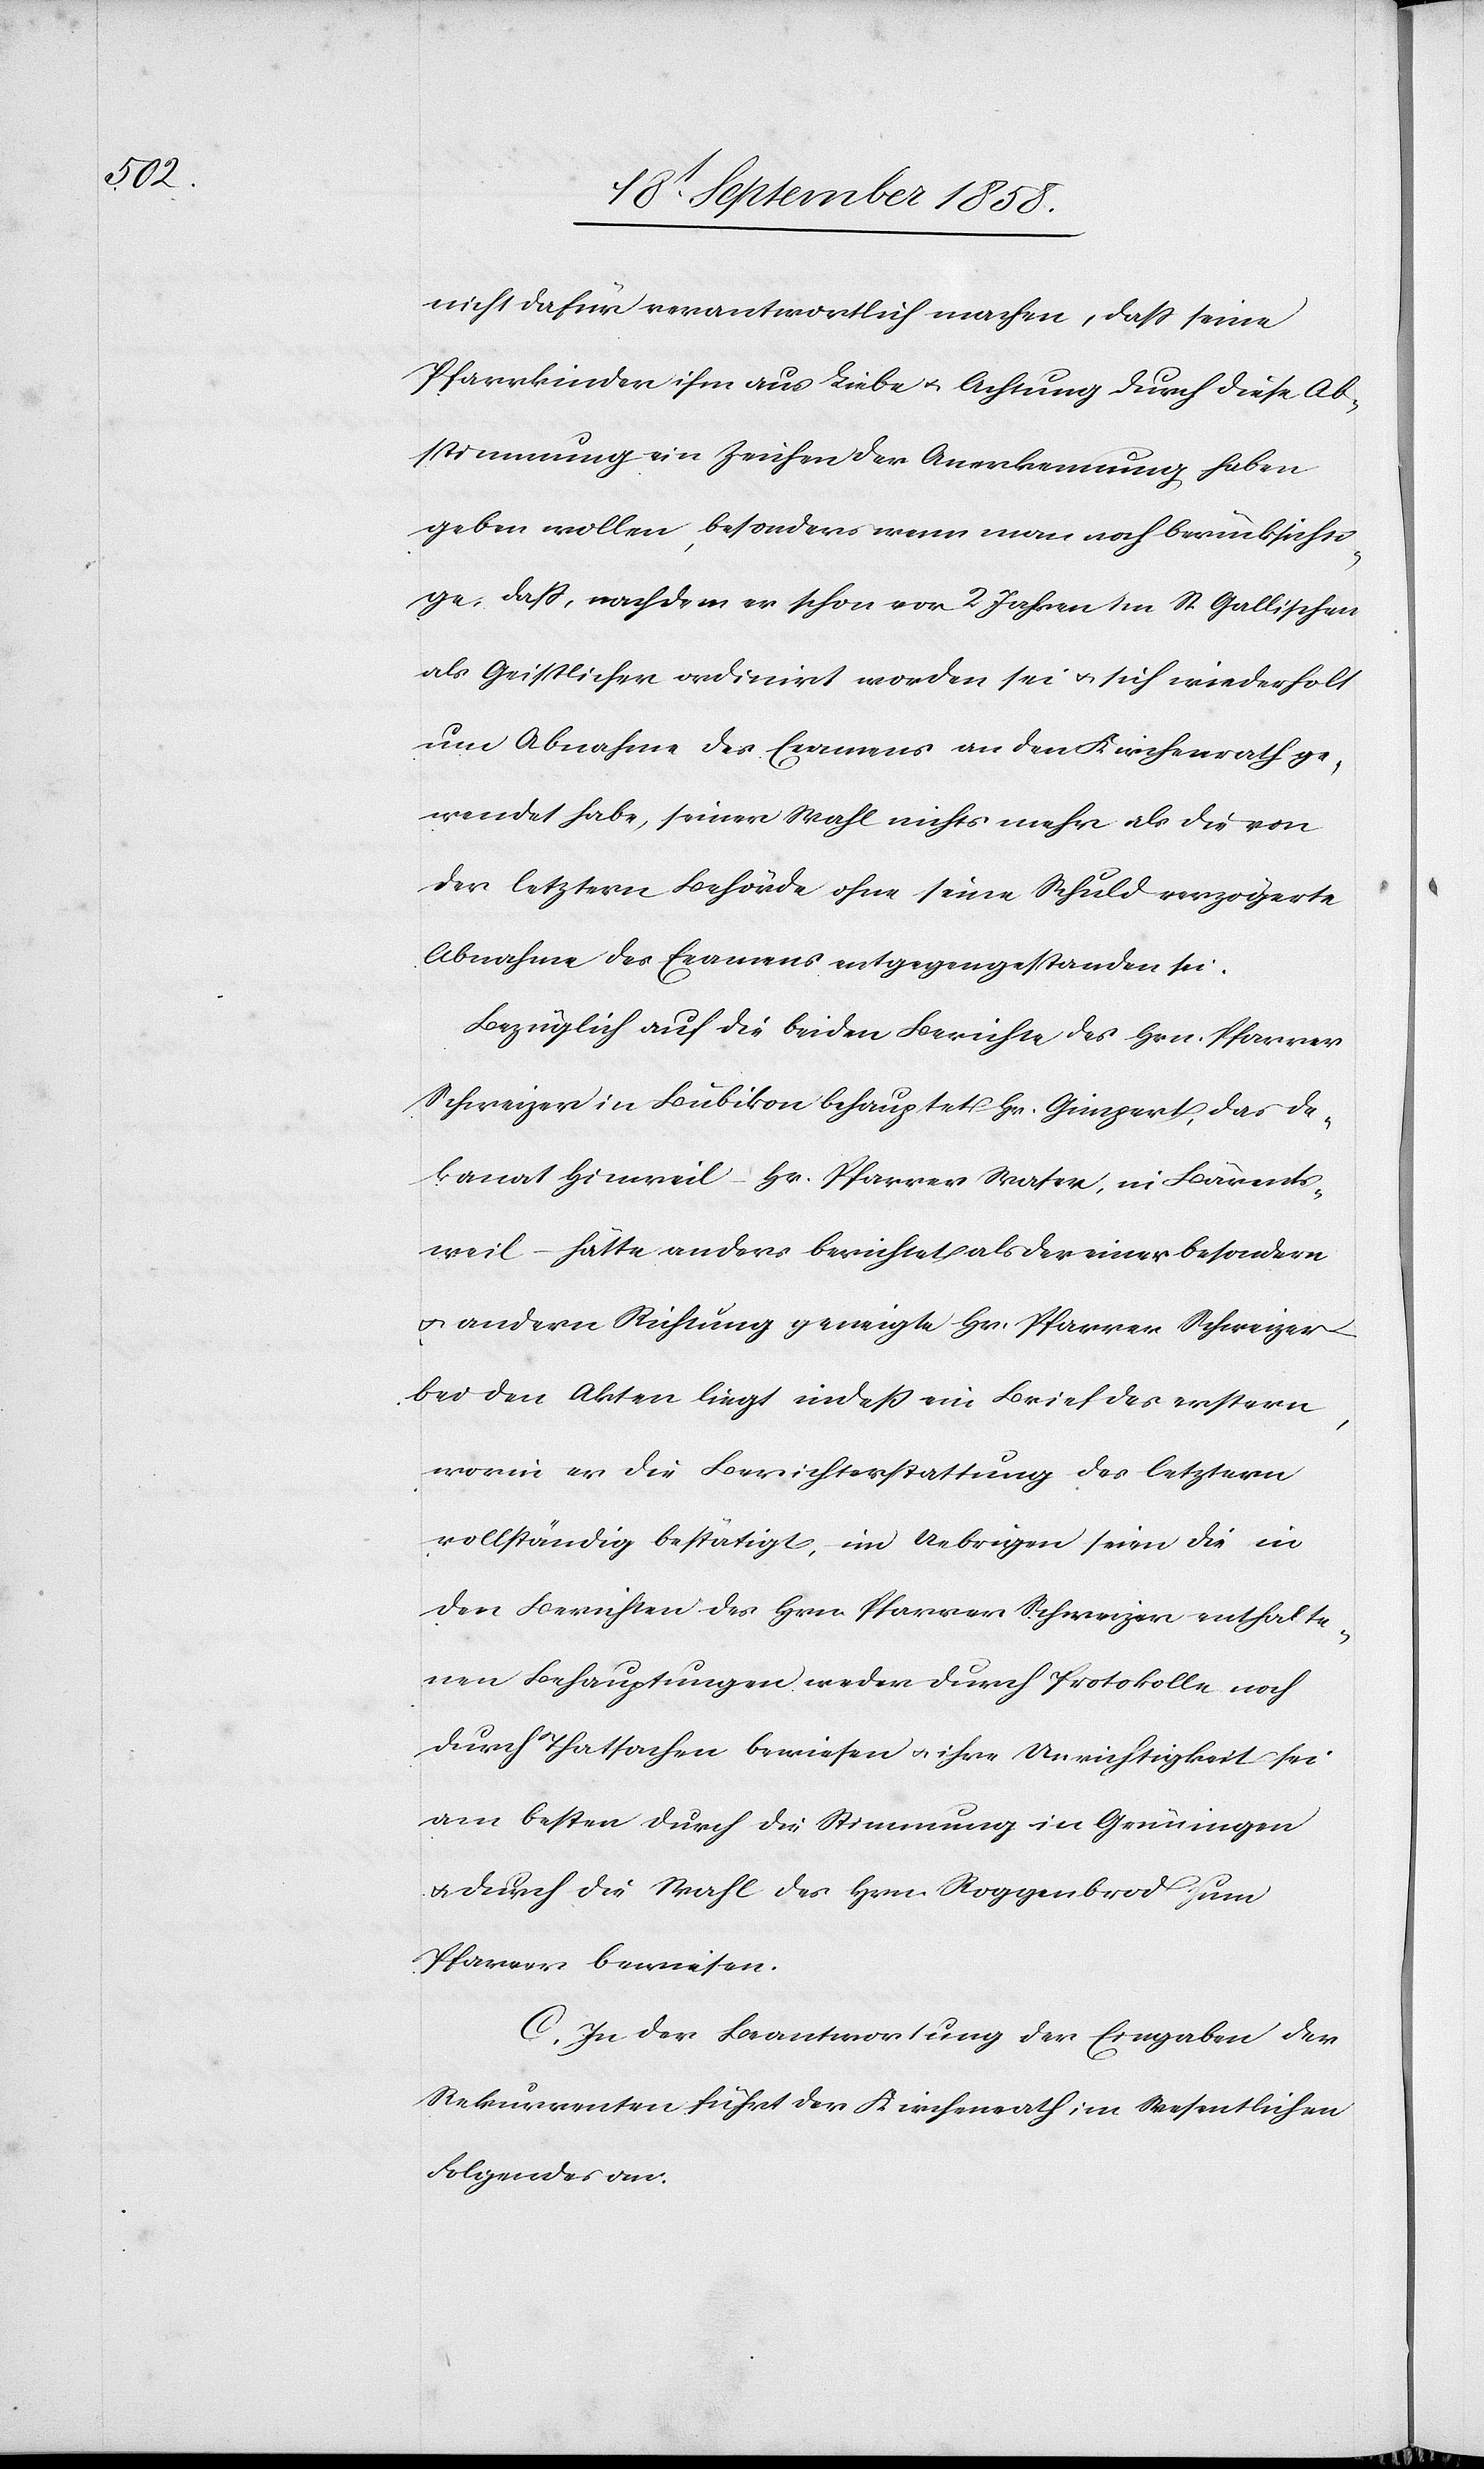
nicht dafür verantwortlich machen, dass seine
Pfarrkinder ihm aus Liebe & Achtung durch diese Ab¬
stimmung ein Zeichen der Anerkennung haben
geben wollen, besonders wenn man noch berücksichti¬
ge, daß, nachdem er schon vor 2 Jahren im St. Gallischen
als Geistlicher ordinirt worden sei & sich wiederholt
um Abnahme des Examens an den Kirchenrath ge¬
wendet habe, seiner Wahl nichts mehr als die von
der letztern Behörde ohne seine Schuld verzögerte
Abnahme des Examens entgegengestanden sei.
Bezüglich auf die beiden Berichte des Hrn. Pfarrer
Schweizer in Bubikon behauptet Hr. Gimpert, das De¬
kanat Hinweil – Hr. Pfarrer Waser, in Bärents¬
weil – hätte anders berichtet als der einer besondern
& andern Richtung geneigte Hr. Pfarrer Schweizer
bei den Akten liegt indeß ein Brief des erstern,
worin er die Berichterstattung des letztern
vollständig bestätigt, im Uebrigen seien die in
den Berichten des Hrn. Pfarrer Schweizer enthalte¬
nen Behauptungen weder durch Protokolle noch
durch Thatsachen bewiesen & ihre Unrichtigkeit sei
am besten durch die Stimmung in Grüningen
& durch die Wahl des Hrn. Roggenbrod zum
Pfarrer bewiesen.
C. In der Beantwortung der Eingaben der
Rekurrenten führt der Kirchenrath im Wesentlichen
Folgendes an: